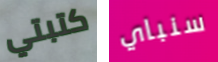
كتبتي سنباي